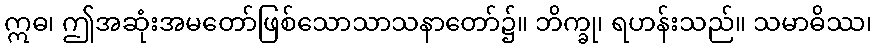
ဣဓ၊ ဤအဆုံးအမတော်ဖြစ်သောသာသနာတော်၌။ ဘိက္ခု၊ ရဟန်းသည်။ သမာဓိဿ၊